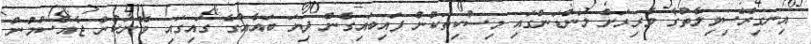
އިނގިރޭސިވިލާތުގެ ވެރިރަށް ލަންޑަންގައި މިސްކިތަކުން ފައިބައިގެން ދިޔަ ބައެއްގެ ގައިގައި ވޭނަކުން ޖެއްސުމުން